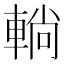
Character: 𨌩